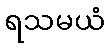
ရသမယံ